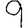
Digit: 9